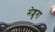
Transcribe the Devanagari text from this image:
मेशुगा